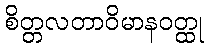
စိတ္တလတာဝိမာနဝတ္ထု